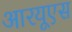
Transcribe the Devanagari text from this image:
आरयूएस